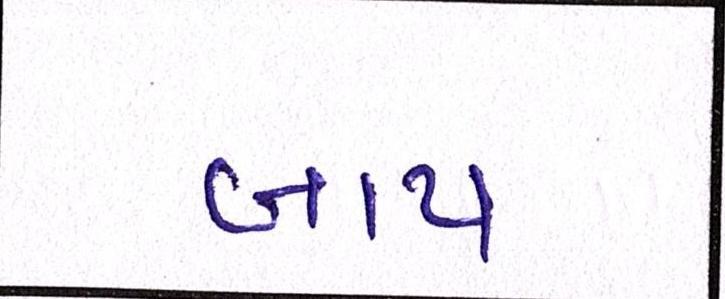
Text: બાપ